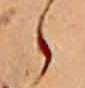
ゝ